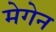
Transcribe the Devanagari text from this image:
मेगेन